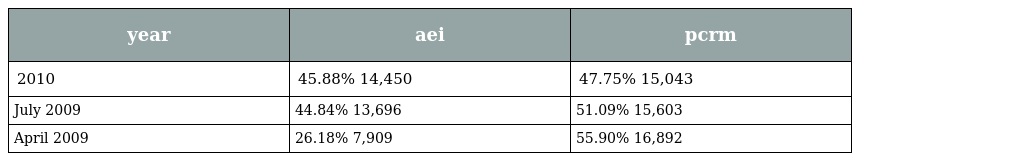
| year | aei | pcrm |
 | --- | --- | --- |
 | 2010 | 45.88% 14,450 | 47.75% 15,043 |
 | July 2009 | 44.84% 13,696 | 51.09% 15,603 |
 | April 2009 | 26.18% 7,909 | 55.90% 16,892 |